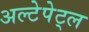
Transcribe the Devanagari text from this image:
अल्टेपेट्ल